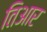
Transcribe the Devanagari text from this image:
तिआर